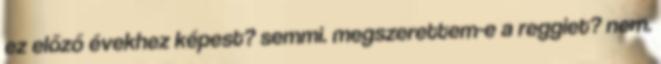
ez előző évekhez képest? semmi. megszerettem-e a reggiet? nem.